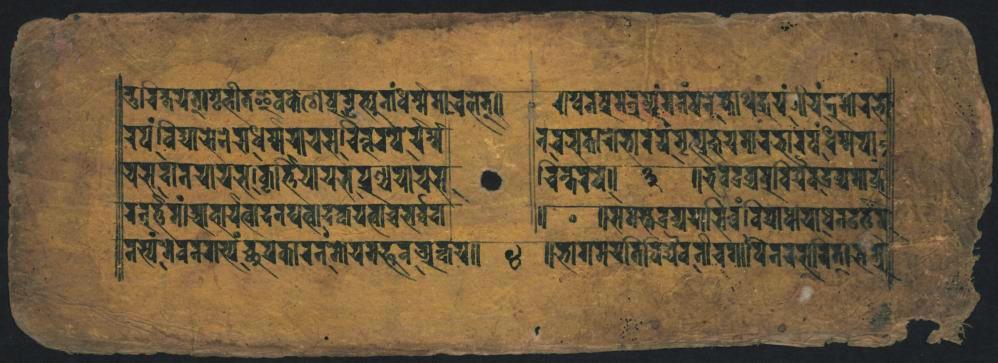
𑐟𑑂𑐬𑐶𑐬𑐎𑑂𑐲𑐫𑐾𑐟𑑋𑐥𑐹𑐲𑑂𑐰𑐷𑐟𑐖𑐰𑐎𑐾𑐱𑐾𑐥𑑂𑐬𑐄𑐸𑐟𑑂𑐥𑐸𑐣𑑄𑐢𑐬𑑂𑐩𑑂𑐩𑐵𑐔𑐮𑐟𑑂𑑌 𑐬𑐥𑑄𑐰𑐶𑐡𑑂𑐫𑐵𑐫𑐾𑐣𑐾𑐢𑐬𑑂𑐩𑑂𑐩𑐫𑐵𑐫𑐳𑐸𑐔𑐶𑐟𑑂𑐣𑐬𑐥𑐾𑐬𑐬𑐲𑑂𑐰 𑐔𑐳𑐡𑐵𑐣𑐫𑐵𑐫𑐳𑑋𑐎𑑂𑐎𑐵𑐬𑑂𑐟𑑄𑐫𑐵𑐫𑐨𑐥𑐸𑐞𑑂𑐫𑐫𑐵𑐫𑐳𑐵 𑐬𑐣𑐬𑑂𑐨𑐟𑐩𑑄𑑂𑐬𑐵𑐰𑐵𑐫𑐟𑑂𑐰𑐵𑐡𑐣𑐥𑐟𑐰𑑂𑐰𑐵𑐝𑐎𑐫𑐟𑑂𑐰𑐵𑐔𑐳𑐬𑑂𑐰𑑂𑐰𑐔𑐵 𑐳𑑂𑐫𑐱𑐰𑐣𑐐𑐵𑐟𑑂𑐥𑐘𑑂𑐔𑐹𑐫𑐎𑐵𑐣𑐟𑑀𑐫𑐩𑐴𑐬𑐟𑐸𑐬𑐎𑑂𑐰𑐫𑑌